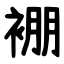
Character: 䙀